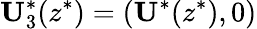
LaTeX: \mathbf{U}_{3}^{*}(z^{*})=(\mathbf{U}^{*}(z^{*}),0)